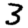
Digit: 3